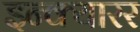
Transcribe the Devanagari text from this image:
इन्क्यारर